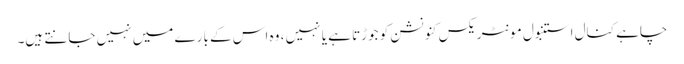
چاہے کنال استنبول مونٹریکس کنونشن کو جوڑتا ہے یا نہیں ، وہ اس کے بارے میں نہیں جانتے ہیں۔